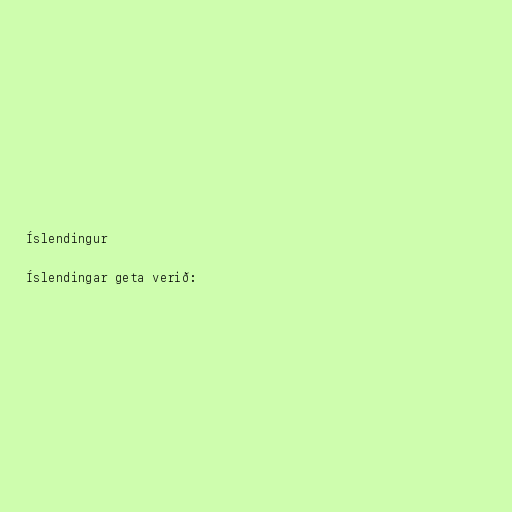
Íslendingur

Íslendingar geta verið: